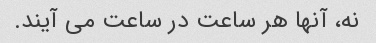
نه، آنها هر ساعت در ساعت می آیند.